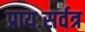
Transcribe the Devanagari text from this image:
प्रायःसर्वत्र